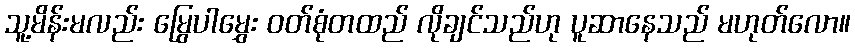
သူ့မိန်းမလည်း မြွေပါမွှေး ဝတ်စုံတထည် လိုချင်သည်ဟု ပူဆာနေသည် မဟုတ်လော။